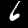
Digit: 6